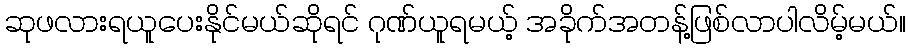
ဆုဖလားရယူပေးနိုင်မယ်ဆိုရင် ဂုဏ်ယူရမယ့် အခိုက်အတန့်ဖြစ်လာပါလိမ့်မယ်။